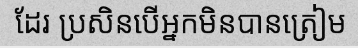
ដែរ ប្រសិនបើអ្នកមិនបានត្រៀម